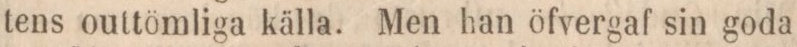
tens outtömliga källa. Men han öfvergaf sin goda